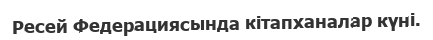
Ресей Федерациясында кітапханалар күні.